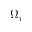
\Omega _ { r }